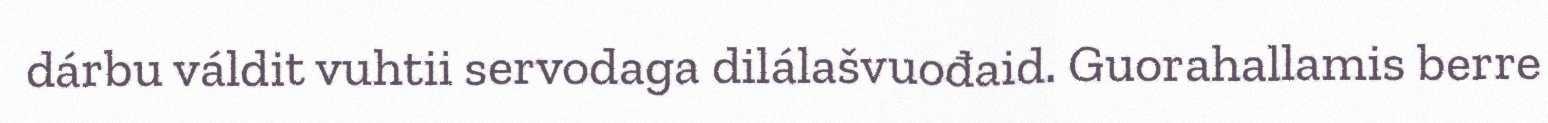
dárbu váldit vuhtii servodaga dilálašvuođaid. Guorahallamis berre